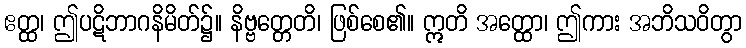
ဧတ္ထ၊ ဤပဋိဘာဂနိမိတ်၌။ နိဗ္ဗတ္တေတိ၊ ဖြစ်စေ၏။ ဣတိ အတ္ထော၊ ဤကား အဘိသဝိတွာ